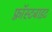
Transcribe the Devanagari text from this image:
फ़्रॉस्टबाइट